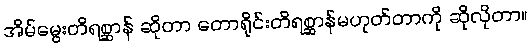
အိမ်မွေးတိရစ္ဆာန် ဆိုတာ တောရိုင်းတိရစ္ဆာန်မဟုတ်တာကို ဆိုလိုတာ။